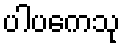
ပါပကေသု